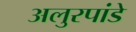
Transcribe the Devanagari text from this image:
अलुरपांडे